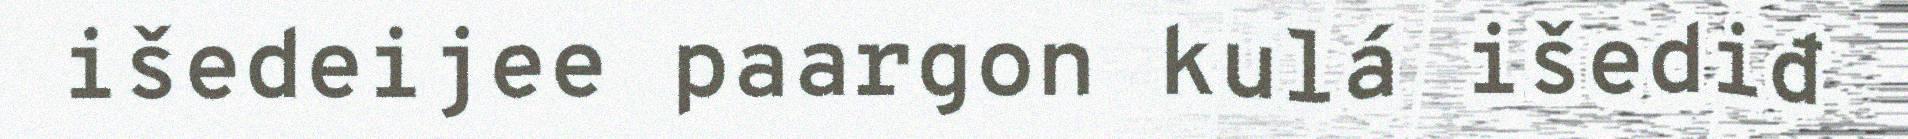
išedeijee paargon kulá išediđ